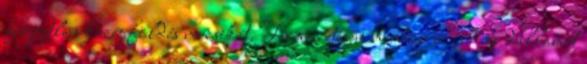
független középföldés muzsikát. Természetesen minden új és régi dallamot